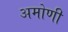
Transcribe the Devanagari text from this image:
अमोणी